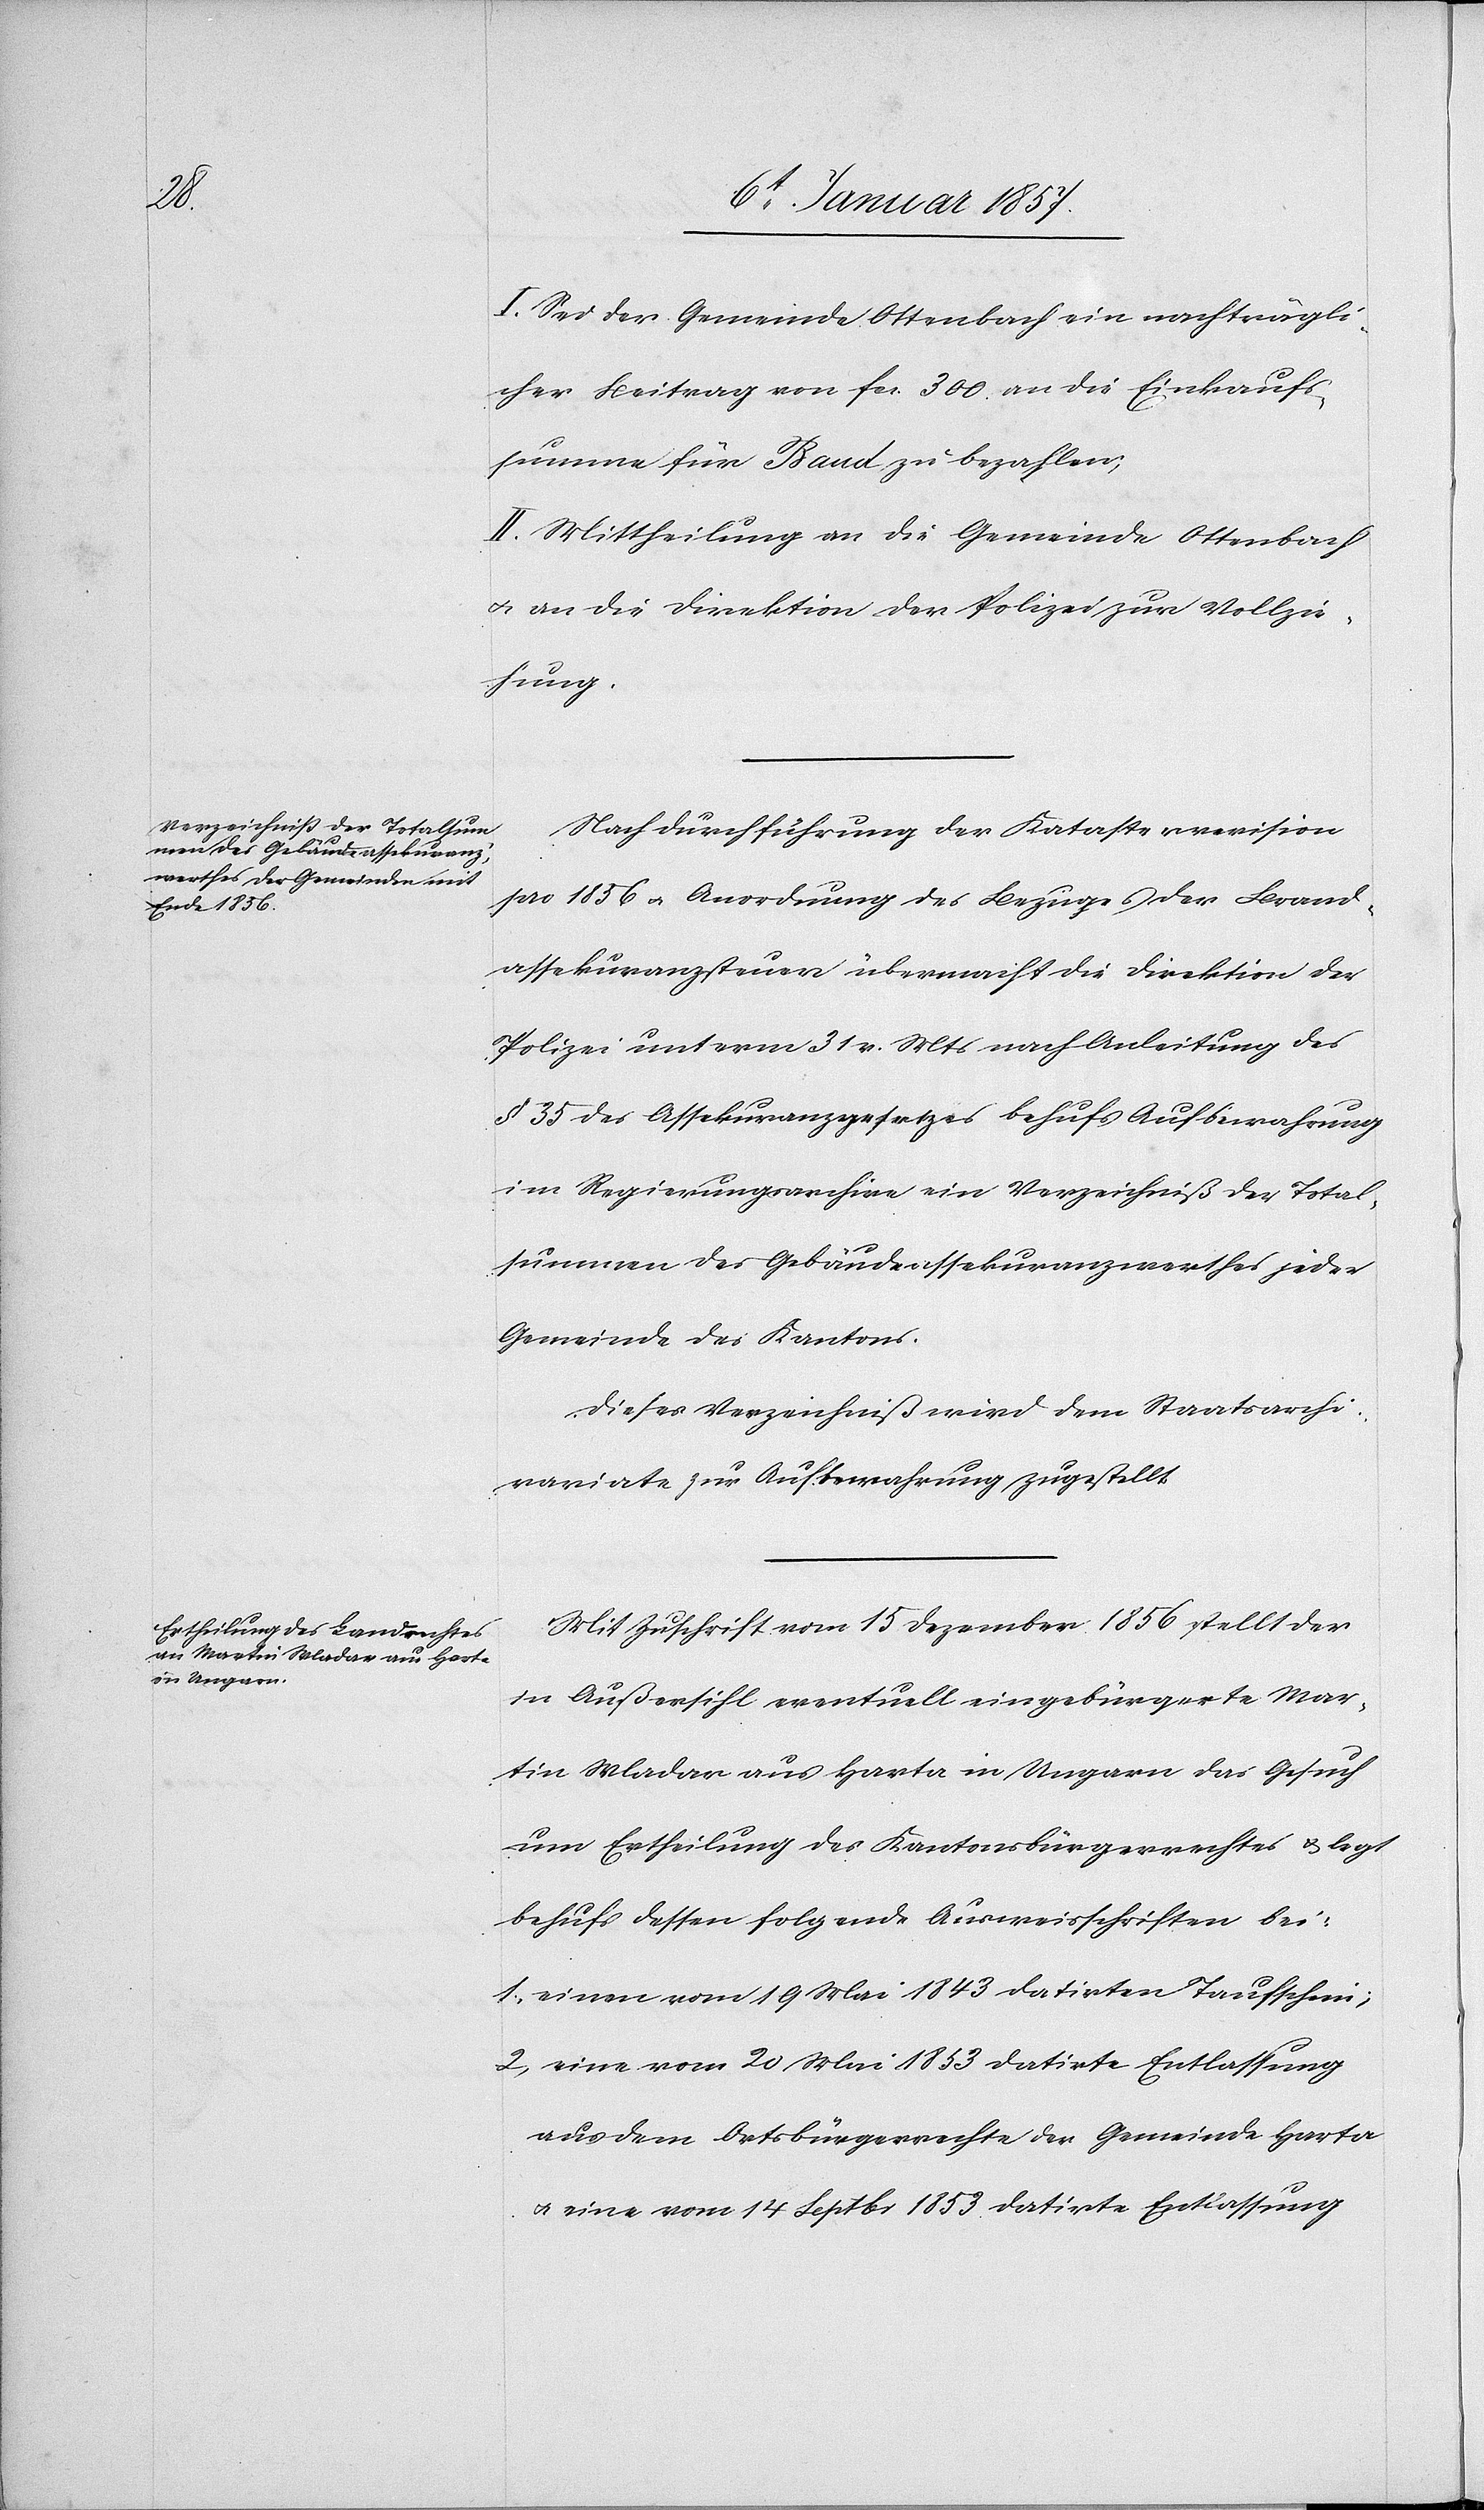
I. Sei der Gemeinde Ottenbach ein nachträgli¬
cher Beitrag von fcs. 300. an die Einkaufs¬
summe für Baud zu bezahlen;
II. Mittheilung an die Gemeinde Ottenbach
u. an die Direktion der Polizei zur Vollzie¬
hung.
Nach Durchführung der Katasterrevision
pro 1856 u. Anordnung des Bezuges der Brand¬
assekuranzsteuer übermacht die Direktion der
Polizei unterm 31 v. Mts nach Anleitung des
§ 35 des Assekuranzgesetzes behufs Aufbewahrung
im Regierungsarchive ein Verzeichniß der Total¬
summen des Gebäudeassekuranzwerthes jeder
Gemeinde des Kantons.
Dieses Verzeichniß wird dem Staatsarchi¬
variate zur Aufbewahrung zugestellt.
Mit Zuschrift vom 15 Dezember 1856 stellt der
in Außersihl eventuell eingebürgerte Mar¬
tin Wladar aus Harta in Ungarn das Gesuch
um Ertheilung des Kantonsbürgerrechtes & legt
behufs dessen folgende Ausweisschriften bei:
1. einen vom 19 Mai 1843 datirten Taufschein;
2. eine vom 20 Mai 1853 datirte Entlassung
aus dem Ortsbürgerrechte der Gemeinde Harta
u. eine vom 14 Septbr 1853 datirte Entlassung